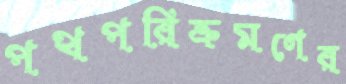
পথপরিক্রমণের